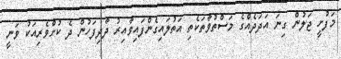
މަފުށީ ޖަލުން ގިނަ އަދަދެއްގެ މަސްތުވާތަކެތި އަތުލައިގެންފައިވާއިރު ދާދިފަހުން ދެ ކުށްވެރިއަކު ވަނީ